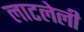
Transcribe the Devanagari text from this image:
लाटलेली